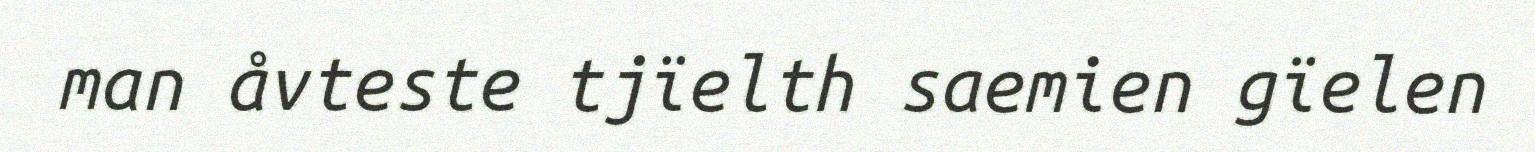
man åvteste tjïelth saemien gïelen